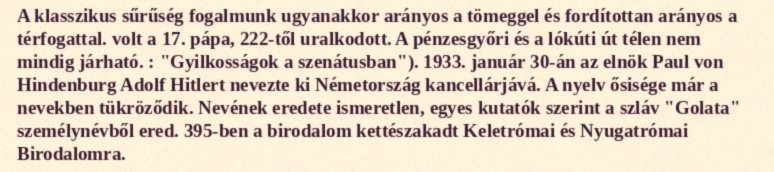
A klasszikus sűrűség fogalmunk ugyanakkor arányos a tömeggel és fordítottan arányos a térfogattal. volt a 17. pápa, 222-től uralkodott. A pénzesgyőri és a lókúti út télen nem mindig járható. : "Gyilkosságok a szenátusban"). 1933. január 30-án az elnök Paul von Hindenburg Adolf Hitlert nevezte ki Németország kancellárjává. A nyelv ősisége már a nevekben tükröződik. Nevének eredete ismeretlen, egyes kutatók szerint a szláv "Golata" személynévből ered. 395-ben a birodalom kettészakadt Keletrómai és Nyugatrómai Birodalomra.